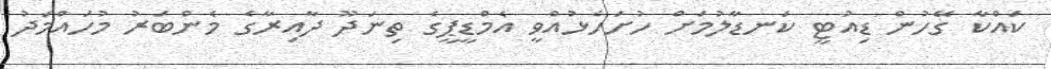
ކައްކާ ގޭހުން ޑިއުޓީ ކަނޑާލުމަށް ހުށަހެޅުއްވީ އެމްޑީޕީގެ ތިނަދޫ ދާއިރާގެ މެންބަރު މުހައްމަދު